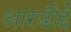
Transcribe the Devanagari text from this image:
आरडीई